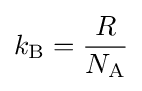
k_{\text{B}}={\frac {R}{N_{\text{A}}}}